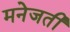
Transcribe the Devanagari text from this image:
मनेजती